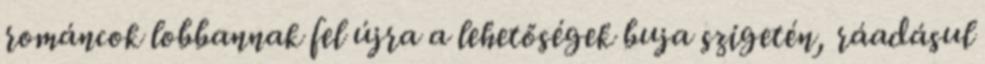
románcok lobbannak fel újra a lehetőségek buja szigetén, ráadásul